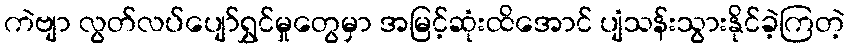
ကဲဗျာ လွတ်လပ်ပျော်ရွှင်မှုတွေမှာ အမြင့်ဆုံးထိအောင် ပျံသန်းသွားနိုင်ခဲ့ကြတဲ့